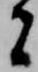
者